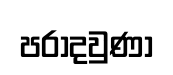
පරාදවුණා